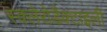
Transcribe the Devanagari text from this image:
स्क्लेरोडैक्टाइली